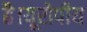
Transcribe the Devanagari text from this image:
है।यूरोपीय